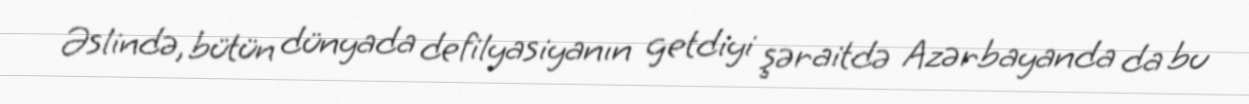
Əslində, bütün dünyada defilyasiyanın getdiyi şəraitdə Azərbayanda da bu